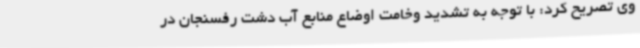
وی تصریح کرد: با توجه به تشدید وخامت اوضاع منابع آب دشت رفسنجان در